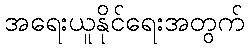
အရေးယူနိုင်ရေးအတွက်